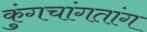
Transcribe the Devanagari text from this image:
कुंगचांगतांग